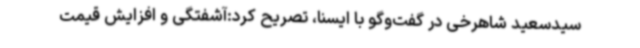
سیدسعید شاهرخی در گفت‌وگو با ایسنا، تصریح کرد:آشفتگی و افزایش قیمت